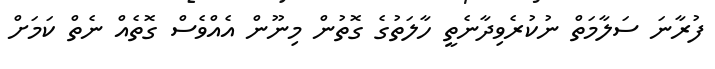
ފުރާނަ ސަލާމަތް ނުކުރެވިދާނެތީ ހާލަތުގެ ގޮތުން މިނޫން އެއްވެސް ގޮތެއް ނެތް ކަމަށް